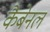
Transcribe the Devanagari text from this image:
कैबेनल